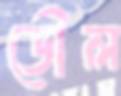
ডৌল